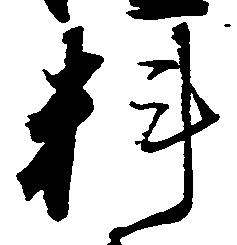
料